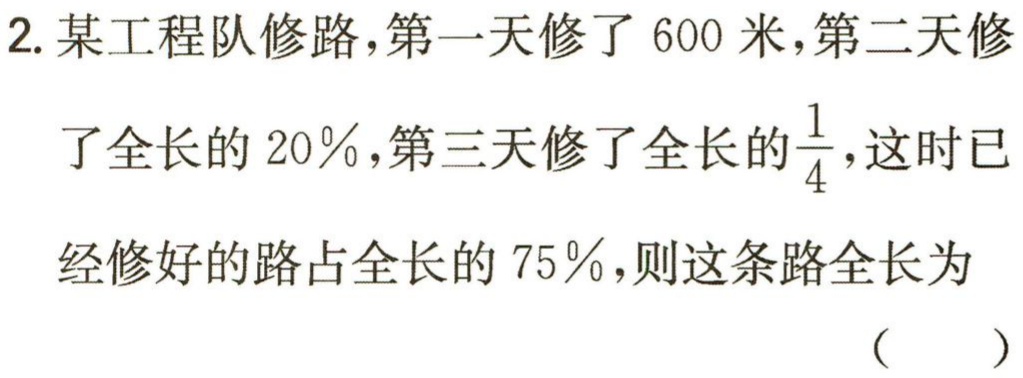
2. 某工程队修路，第一天修了$600$米，第二天修了全长的$20\%$，第三天修了全长的$\frac{1}{4}$，这时已
经修好的路占全长的$75\%$，则这条路全长为
（  ）